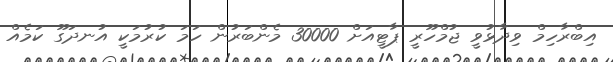
އިބްރާހިމް ވިދާޅުވީ ޖުމްހޫރީ ޕާޓީއަށް 30000 މެންބަރުން ހަމަ ކުރުމަކީ އުނދަގޫ ކަމެއް